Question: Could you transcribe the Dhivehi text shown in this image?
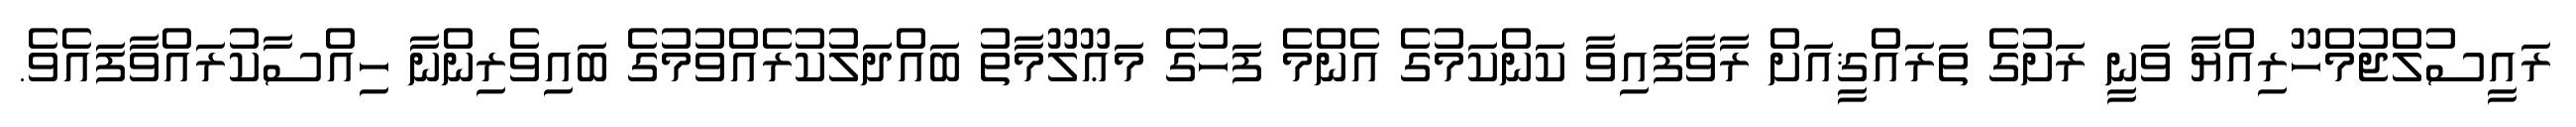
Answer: ރައީސުލްޖުމްހޫރިއްޔާ ވަނީ ރަށުގެ ތަރައްޤީއަށް ރާވާފައިވާ ކަންކަމުގެ އެންމެ ފަހުގެ މަޢޫލޫމާތު ބައްދަލުކުރެއްވުމުގެ ބައިވެރިންނާ ހިއްސާކުރައްވާފައެވެ.